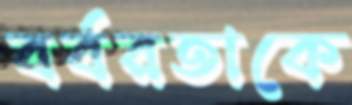
বর্বরতাকে